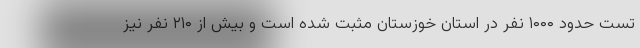
تست حدود ۱۰۰۰ نفر در استان خوزستان مثبت شده است و بیش از ۲۱۰ نفر نیز